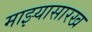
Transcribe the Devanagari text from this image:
माझ्यासारख